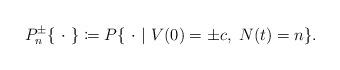
LaTeX: \begin{align*}P_{n}^\pm\{\ \cdot\ \} \coloneqq P\{\ \cdot\ |\ V(0) = \pm c,\ N(t) = n\}.\end{align*}